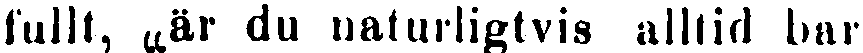
fullt, „är du naturligtvis alltid bar-